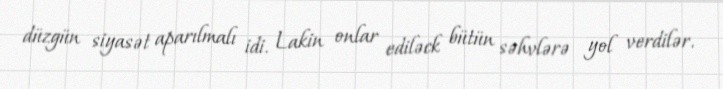
düzgün siyasət aparılmalı idi. Lakin onlar ediləck bütün səhvlərə yol verdilər.